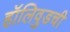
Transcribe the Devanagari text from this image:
हॉलिवुडची